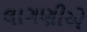
લાગણીએ